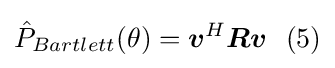
{\hat {P}}_{Bartlett}(\theta )={\boldsymbol {v}}^{H}{\boldsymbol {R}}{\boldsymbol {v}}\ \ (5)